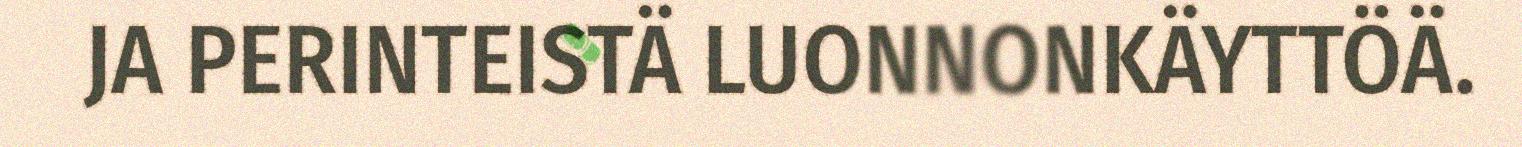
JA PERINTEISTÄ LUONNONKÄYTTÖÄ.